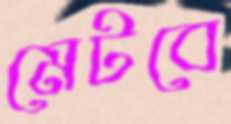
মেটবে